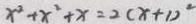
x ^ { 2 } + x ^ { 2 } + x = 2 ( x + 1 ) ^ { 2 }